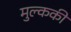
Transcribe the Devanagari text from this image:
मुल्ककी